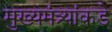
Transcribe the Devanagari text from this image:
मुख्यमंत्र्यांकडे